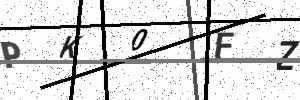
Text: PK0FZ